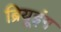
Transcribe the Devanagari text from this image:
ब्रियूइंग